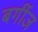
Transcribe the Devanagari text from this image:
बर्गीज